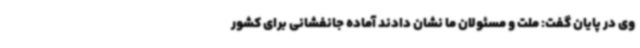
وی در پایان گفت: ملت و مسئولان ما نشان دادند آماده جانفشانی برای کشور